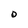
Character: O